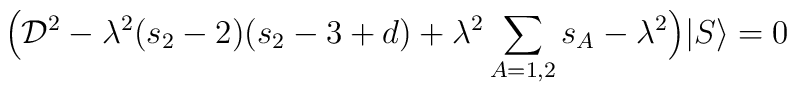
\Big ({\cal D}^2-\lambda^2(s_2-2)(s_2-3+d)+\lambda^2\sum_{A=1,2}s_A-\lambda^2 \Big ) |S\rangle=0\,